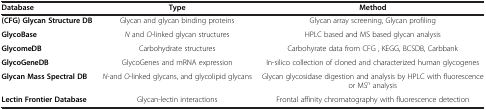
| Database | Type | Method |
 | --- | --- | --- |
 | (CFG) Glycan Structure DB | Glycan and glycan binding proteins | Glycan array screening, Glycan profiling |
 | GlycoBase | N and O-linked glycan structures | HPLC based and MS based glycan analysis |
 | GlycomeDB | Carbohydrate structures | Carbohyrate data from CFG , KEGG, BCSDB, Carbbank |
 | GlycoGeneDB | GlycoGenes and mRNA expression | In-silico collection of cloned and characterized human glycogenes |
 | Glycan Mass Spectral DB | N-and O-linked glycans, and glycolipid glycans | Glycan glycosidase digestion and analysis by HPLC with fluorescence or MSn analysis |
 | Lectin Frontier Database | Glycan-lectin interactions | Frontal affinity chromatography with fluorescence detection |